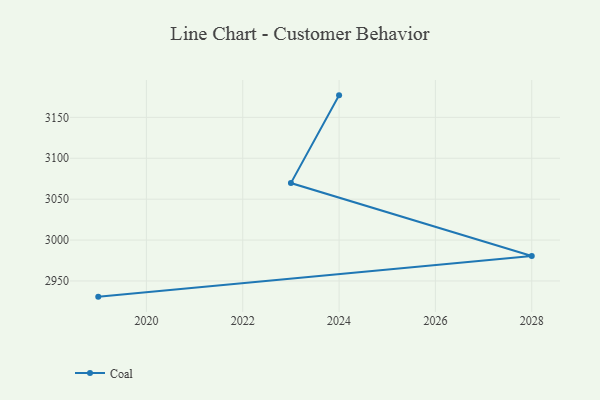
{"axis": {"x": "Year", "y": "Waste Production (Tons)"}, "legend": ["Coal"], "data": [{"x": "2019", "y": 2930.8, "type": "Coal"}, {"x": "2028", "y": 2980.5, "type": "Coal"}, {"x": "2023", "y": 3069.7, "type": "Coal"}, {"x": "2024", "y": 3176.9, "type": "Coal"}]}